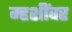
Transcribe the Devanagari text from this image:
म्हशींवर